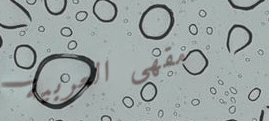
مقهى العربية